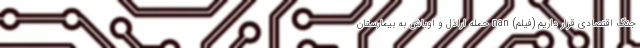
جنگ اقتصادی قرار داریم (فیلم) nan حمله اراذل و اوباش به بیمارستان